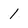
Character: l